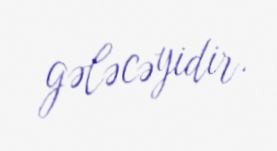
gələcəyidir.